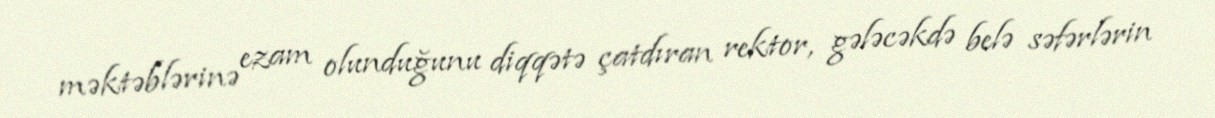
məktəblərinə ezam olunduğunu diqqətə çatdıran rektor, gələcəkdə belə səfərlərin